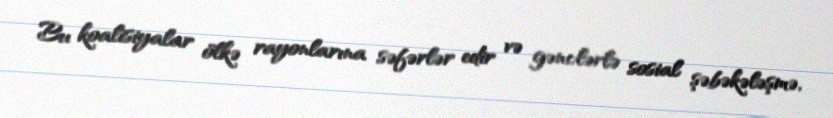
Bu koalisiyalar ölkə rayonlarına səfərlər edir və gənclərlə sosial şəbəkələşmə,